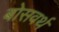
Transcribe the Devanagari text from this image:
बोसवर्थ